Annual report of the Civil Veterinary Department, Bengal, for the year 1897-98 - 1897-1898
Year: 1897
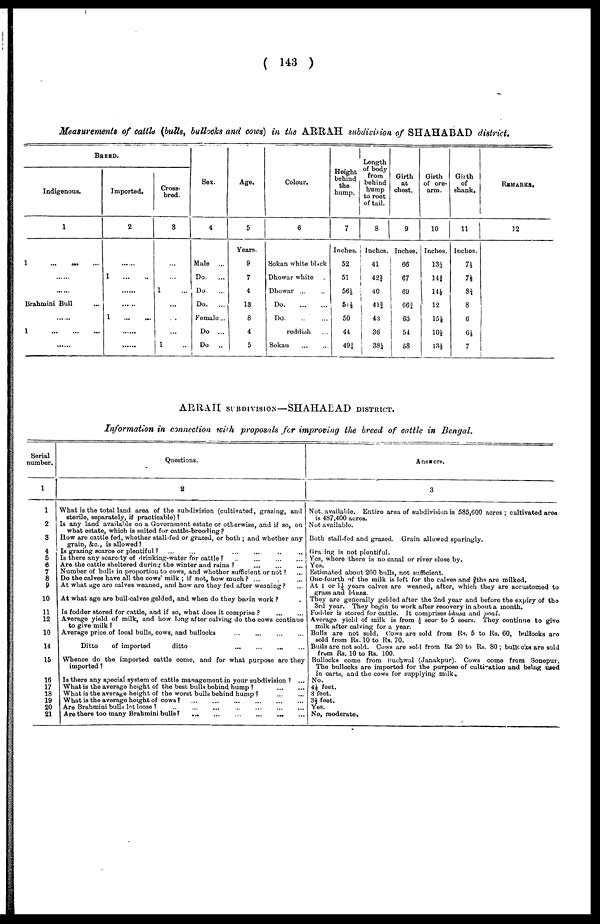
( 143 )
Measurements of cattle (bulls, bullocks and cows) in the ARRAH subdivision of SHAHABAD district.
BREED.
Indigenous.
1
1
...
...
...
... ...
... ...
Brahrnini Bull ...
... ...
1 ... ... ...
... ...
Imported.
2
... ...
1
...
...
... ...
......
1
...
...
... ...
... ...
Cross-
bred.
3
...
...
1 ...
...
...
...
1 ...
Sex.
4
Male ...
Do.
...
Do.
...
Do.
...
Female...
Do ...
Do
..
Age.
5
Years.
9
7
4
13
8
4
5
Colour,
6
Sokan white black
Dhowar white
Dhowar ... ...
Do
.
...
...
D
o
.
.
.
. .
.
.
reddish ...
Sokan
...
...
Height
behind
the
hump,
7
Inches.
52
51
56½
51½
50
44
49¾
Length
of body
from
behind
hump
to root
of tail.
8
Inches.
41
42¾
40
41¾
43
36
38¼
Girth
at
chest.
9
Inches,
66
67
69
66¾
63
54
58
Girth
of ore-
arm.
10
Inches.
13¼
14}
14½
12
15½
10½
13½
Girth
of
shank.
11
Inches.
7*
74
8¼
8
6
6½
7
REMARKS.
12
ARRAII SUBDIVISION—SHAHABAD DISTRICT.
Information in connection with proposals for improving the breed of cattle in Bengal.
Serial
number.
1
1
2
3
4
5
6
7
8
9
10
11
12
10
14
15
16
17
18
19
20
21
Questions.
2
What is the total land area of the subdivision (cultivated, grazing, and
sterile, separately, if practicable) ?
Is any land available on a Government estate or otherwise, and if so, on
what estate, which is suited for cattle-breeding?
How are cattle fed, whether stall-fed or grazed, or both ; and whether any
grain, &c., is allowed?
Is grazing scarce or plentiful ? ... ...
Is there any scarcity of drinking-water for cattle ? . ..
...
...
...
Are the cattle sheltered during the winter and rains ?
...
...
....
Number of bulls in proportion to cows, and whether sufficient or not ? ...
Do the calves have all the cows' milk ; if not, how much ? ... ... ...
At what age are calves weaned, and how are they fed after weaning ? ...
At what age are bull-calves gelded, and when do they begin work ?
Is fodder stored for cattle, and if so, what does it comprise ? ... ...
Average yield of milk, and how long after calving do the cows continue
to give milk ?
Average price of local bulls, cows, and bullocks
Ditto
of imported
ditto
Whence do the imported cattle come, and for what purpose are they
imported ?
Is there any special system of cattle management in your subdivision ? ...
What is the average height of the best bulls behind hump ?
...
...
What is the average height of the worst bulls behind hump ? ... ...
What is the average height of cows ? ... ... ... ... ... ... ... ...
Are Brahmini bulls let loose ?
...
...
...
...
...
...
...
...
Are there too many Brahmini bulls?
...
...
...
...
...
...
...
...
Answers.
3
Not. available. Entire area of subdivision is 585,600 acres ; cultivated area
is 487,400 acres.
Not available.
Both stall-fed and grazed. Grain allowed sparingly.
Gracing is not plentiful.
Yes, where there is no canal or river close by.
Yes.
Estimated about 200 bulls, not sufficient.
One-fourth of the milk is left for the calves and ¾ths are milked.
At 1 or 1½ years calves are weaned, after, which they are accustomed to
grass and bhusa.
They are generally gelded after the 2nd year and before the expiry of the
3rd year. They begin to work after recovery in about a month.
Fodder is stored for cattle. It comprises bhusa and poal.
Average yield of milk is from ½ seer to 5 seers. They continue to give
milk after calving for a year.
Bulls are not sold. Cows are sold from Rs. 5 to Rs. 60, bullocks are
sold from Rs. 10 to Rs. 70.
Bulls are not sold. Cows are sold from Rs 20 to Rs. 80 ; bullocks are sold
from Rs. 10 to Rs. 100.
Bullocks come from Buchwal (Janakpur). Cows come from Sonepur.
The bullocks are imported for the purpose of cultivation and being used
in carts, and the cows for supplying milk.
No.
4½ feet.
3 feet.
3½ feet.
Yes.
No, moderate.